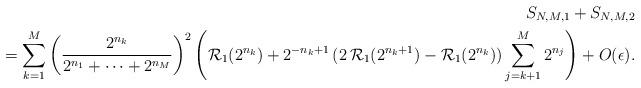
LaTeX: \begin{align*}S_{N,M,1}+S_{N,M,2}\\=\sum_{k=1}^{M}\left(\frac{2^{n_{k}}}{2^{n_{1}}+\cdots+2^{n_{M}}}\right)^2\left(\mathcal{R}_{1}(2^{n_{k}})+2^{-n_{k}+1}\,(2\,\mathcal{R}_{1}(2^{n_{k}+1})-\mathcal{R}_{1}(2^{n_{k}})) \sum_{j=k+1}^{M}2^{n_{j}}\right)+O(\epsilon).\end{align*}